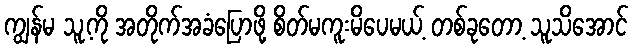
ကျွန်မ သူ့ကို အတိုက်အခံပြောဖို့ စိတ်မကူးမိပေမယ့် တစ်ခုတော့ သူသိအောင်